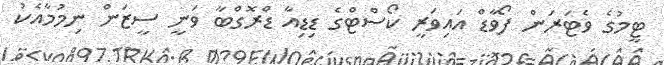
ޓީމުގެ ވެޓަރަން ފޯވާޑް އައިވަރީ ކޯސްޓްގެ ޑިޑިއާ ޑްރޮގްބާ ވަނީ ސީޒަން ނިމުމާއެކު